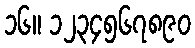
၁၆။ ၁၂၃၄၅၆၇၈၉၀